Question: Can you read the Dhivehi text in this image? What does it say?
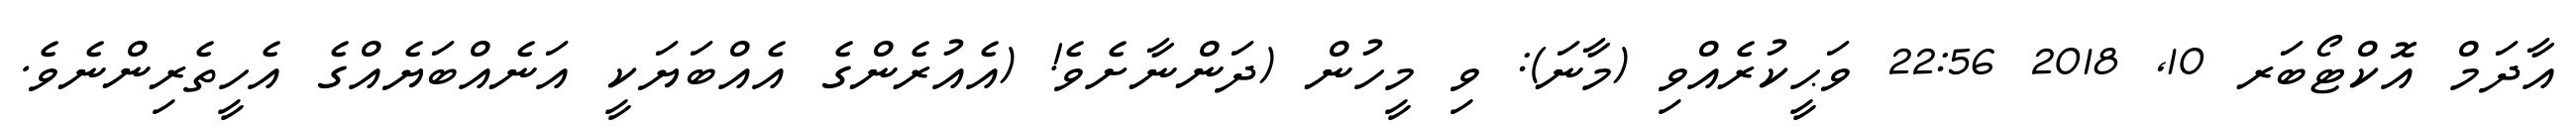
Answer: އާދަމް އޮކްޓޯބަރ 10, 2018 22:56 ވަޙީކުރެއްވި (މާނަ): ވި މީހުން (ދަންނާށެވެ! (އެއުރެންގެ އެއްބަޔަކީ އަނެއްބަޔެއްގެ އެހީތެރިންނެވެ.